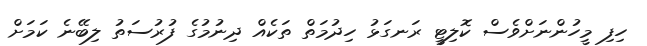
ހިފި މީހުންނަށްވެސް ކޮލިޓީ ރަނގަޅު ހިދުމަތް ތަކެއް ދިނުމުގެ ފުރުސަތު ލިބޭނެ ކަމަށް